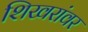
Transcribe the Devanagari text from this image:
शिखरांवर